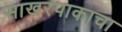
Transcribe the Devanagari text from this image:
साखरपाकाचा